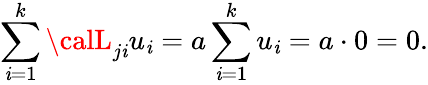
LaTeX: \sum_{\mathit{i}=1}^{k}{\calL}_{j\mathit{i}}u_{\mathit{i}}=a\sum_{\mathit{i}=1}^{k}u_{\mathit{i}}=a\cdot0=0.